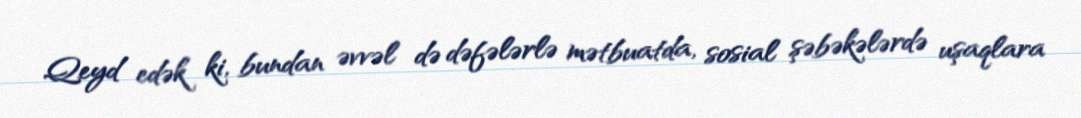
Qeyd edək ki, bundan əvvəl də dəfələrlə mətbuatda, sosial şəbəkələrdə uşaqlara